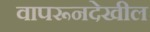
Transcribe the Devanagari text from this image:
वापरूनदेखील